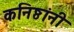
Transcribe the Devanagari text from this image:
कनिष्ठांनी